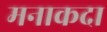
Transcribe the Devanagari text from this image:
मनाकदा